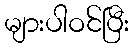
များပါဝင်ပြီး